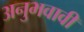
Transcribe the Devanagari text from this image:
अनुभवावी